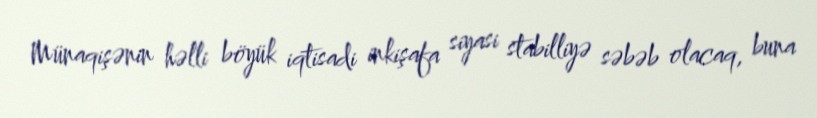
Münaqişənin həlli böyük iqtisadi inkişafa siyasi stabilliyə səbəb olacaq, buna